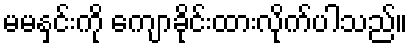
မမနှင်းကို ကျောခိုင်းထားလိုက်ပါသည်။